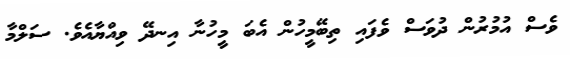
ވެސް އުމުރުން ދުވަސް ވެފައި ތިބޭމީހުން އެބަ މީހުނާ އިނދޭ ވިއްޔާއެވެ. ސަލްމާ